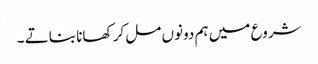
شروع میں ہم دونوں مل کر کھانا بناتے ۔